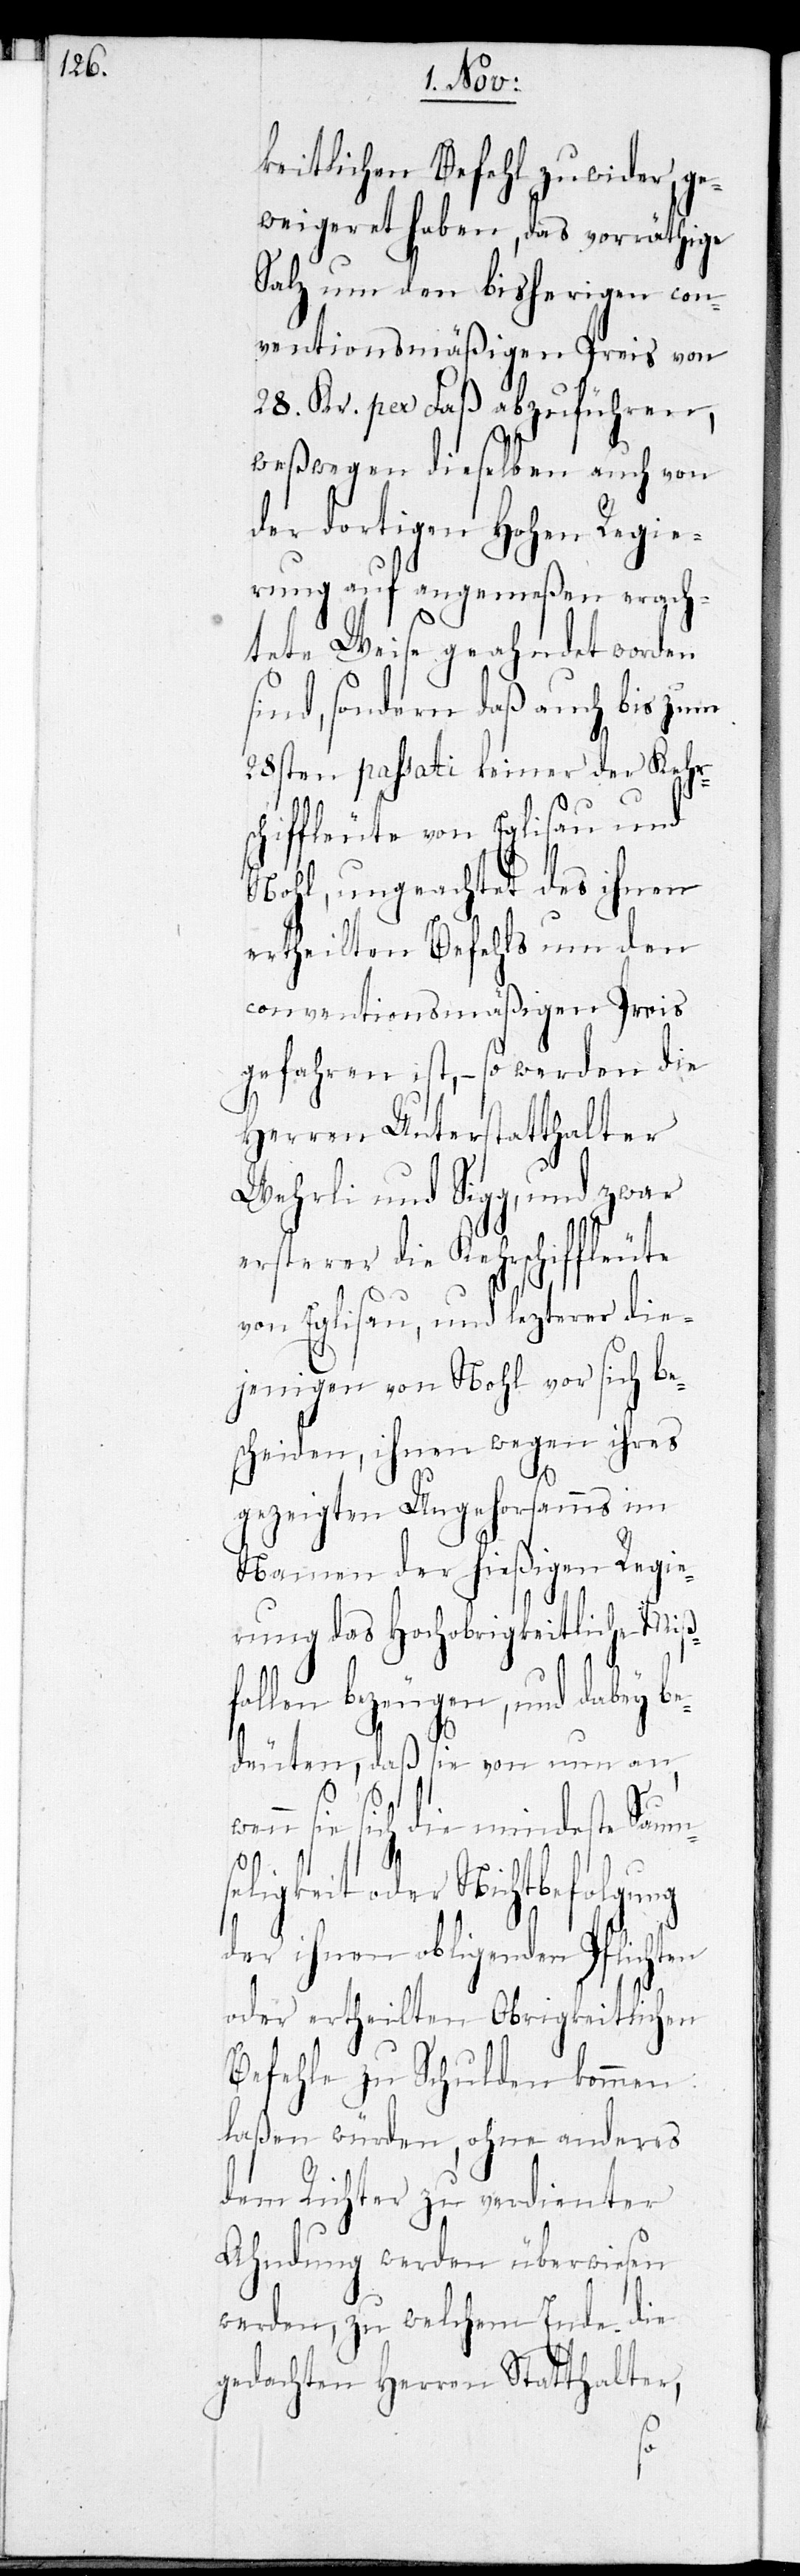
keitlichen Befehl zuwider ge¬
weigeret haben, das vorräthige
Salz um den bisherigen con¬
ventionsmäßigen Preis von
28. Kr. per Faß abzuführen,
weßwegen dieselben auch von
der dortigen Hohen Regie¬
rung auf angemeßen erach¬
tete Weise geahndet worden
sind, sondern daß auch bis zum
28sten passati keiner der Kehr¬
schiffleute von Eglisau und
Nohl, ungeachtet des ihnen
ertheilten Befehls um den
conventionsmäßigen Preis
gefahren ist, – so werden die
Herren Unterstatthalter
Wehrli und Sigg, und zwar
ersterer die Kehrschiffleute
von Eglisau, und lezterer die¬
jenigen von Nohl vor sich be¬
scheiden, ihnen wegen ihres
gezeigten Ungehorsams im
Namen der hießigen Regie¬
rung das Hochobrigkeitliche Miß¬
llen bezeugen, und dabey
deuten, daß sie von nun an,
sie sich die mindeste Saum¬
seligkeit oder Nichtbefolgung
der ihnen obligenden Pflicht¬
oder ertheilten Obrigkeitlichen
Befehle zu Schulden kommen
laßen würden, ohne anderes
dem Richter zu verdienter
Ahndung werden überwiesen
werden, zu welchem Ende die
gedachten Herren Statthalter,
en